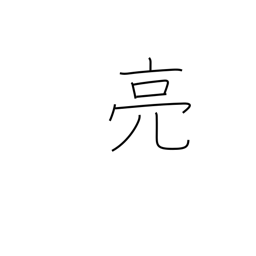
Meaning: help